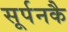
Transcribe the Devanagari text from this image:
सूर्पनकै